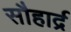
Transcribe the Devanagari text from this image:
सौहार्द्र